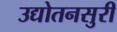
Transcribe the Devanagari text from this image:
उद्योतनसुरी